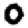
Digit: 0